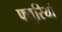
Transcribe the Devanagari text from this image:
फ्युरियो